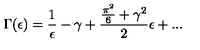
\Gamma ( \epsilon ) = \frac { 1 } { \epsilon } - \gamma + \frac { \frac { \pi ^ { 2 } } { 6 } + { \gamma } ^ { 2 } } { 2 } \epsilon + . . .